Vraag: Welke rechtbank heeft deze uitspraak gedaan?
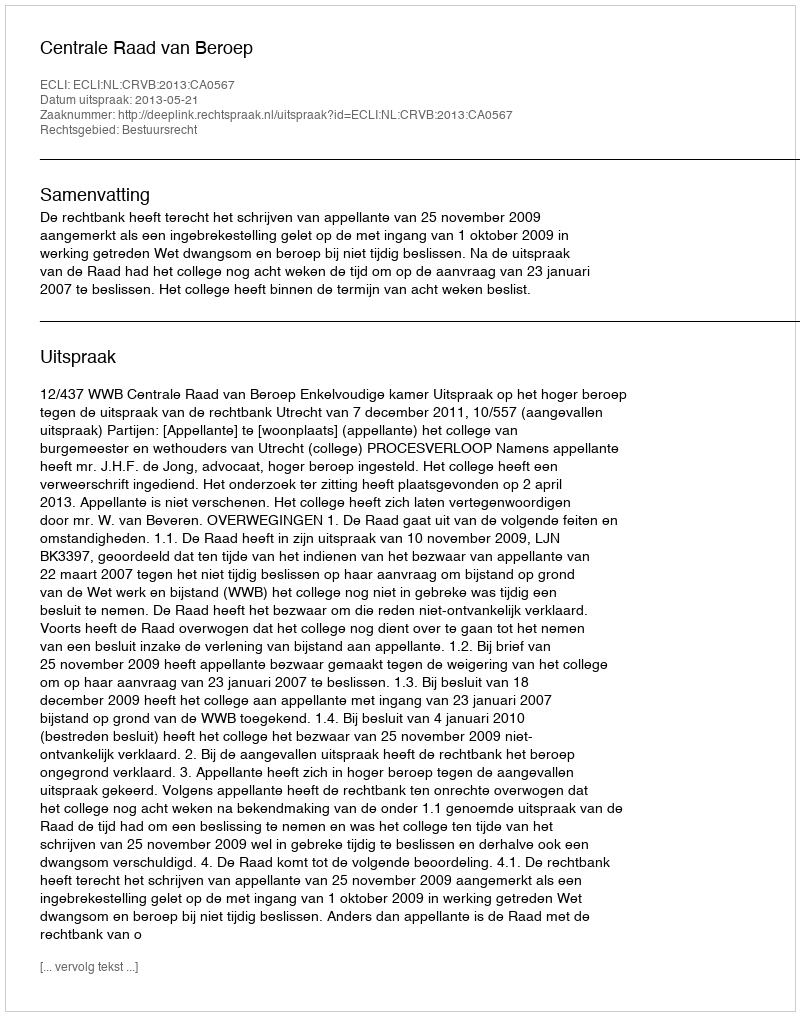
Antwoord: Centrale Raad van Beroep